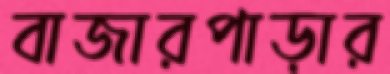
বাজারপাড়ার